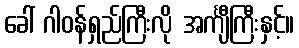
ခေါ် ဂါဝန်ရှည်ကြီးလို အင်္ကျီကြီးနှင့်။